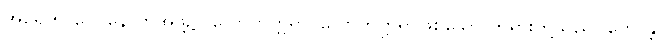
အပရဘာဂေ၊ နောက်အဖို့၌။ လောကုတ္တရာ၊ လောကုတ္တရာဖြစ်သော တရားတို့သည်။ ဟောန္တိ၊